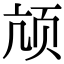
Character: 颃